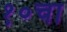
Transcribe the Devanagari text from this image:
१०चा